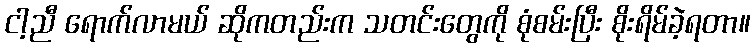
ငါ့ညီ ရောက်လာမယ် ဆိုကတည်းက သတင်းတွေကို စုံစမ်းပြီး စိုးရိမ်ခဲ့ရတာ။